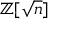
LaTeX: \mathbb { Z } [ { \sqrt { n } } ]